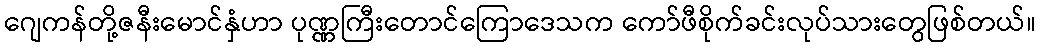
ဂျေကန်တို့ဇနီးမောင်နှံဟာ ပုဏ္ဏကြီးတောင်ကြောဒေသက ကော်ဖီစိုက်ခင်းလုပ်သားတွေဖြစ်တယ်။